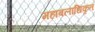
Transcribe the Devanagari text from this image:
महाबलाधिकृत